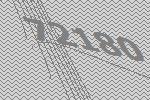
72180